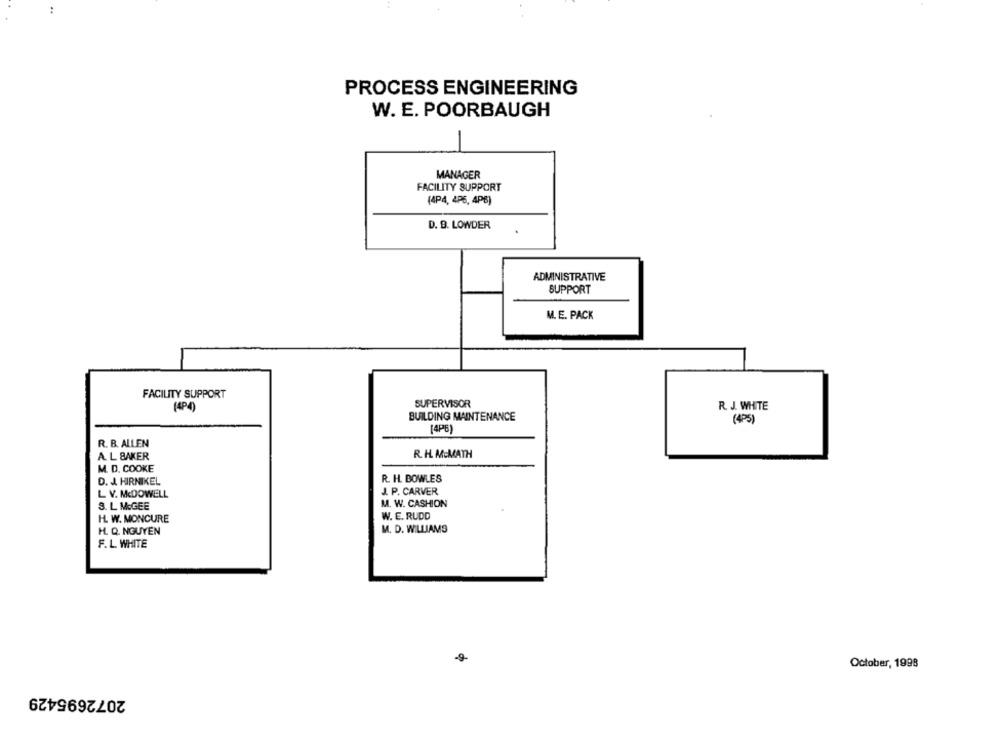
PROCESS ENGINEERING
W. E. POORBAUGH
MANAGER
FACILITY SUPPORT
(4P4, 4P6, 4P6)
D. B. LOWDER
ADMINISTRATIVE
SUPPORT
M. E. PACK
FACILITY SUPPORT
(4P4)
SUPERVISOR
R. J. WHITE
BUILDING MAINTENANCE
(4PS)
[4P6)
R. B. ALLEN
R. H. MCMATH
A. L BAKER
M. D. COOKE
D. J. HIRNIKEL
R. H. BOWLES
J. P. CARVER
L V. McDOWELL
S. L McGEE
M. W. CASHION
H. W. MONCURE
W. E. RUDD
H. Q. NGUYEN
M. D. WILLIAMS
F. L. WHITE
-9
October, 1998
2072695429